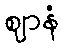
ဈာနံ